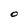
Character: O